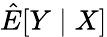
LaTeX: {\hat{E}}[Y\mid X]